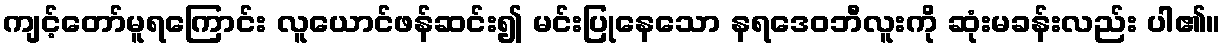
ကျင့်တော်မူရကြောင်း လူယောင်ဖန်ဆင်း၍ မင်းပြုနေသော နရဒေဝဘီလူးကို ဆုံးမခန်းလည်း ပါ၏။